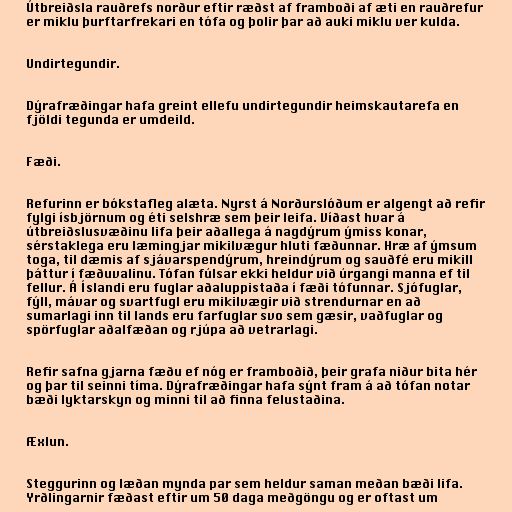
Útbreiðsla rauðrefs norður eftir ræðst af framboði af æti en rauðrefur
er miklu þurftarfrekari en tófa og þolir þar að auki miklu ver kulda.

Undirtegundir.

Dýrafræðingar hafa greint ellefu undirtegundir heimskautarefa en
fjöldi tegunda er umdeild.

Fæði.

Refurinn er bókstafleg alæta. Nyrst á Norðurslóðum er algengt að refir
fylgi ísbjörnum og éti selshræ sem þeir leifa. Víðast hvar á
útbreiðslusvæðinu lifa þeir aðallega á nagdýrum ýmiss konar,
sérstaklega eru læmingjar mikilvægur hluti fæðunnar. Hræ af ýmsum
toga, til dæmis af sjávarspendýrum, hreindýrum og sauðfé eru mikill
þáttur í fæðuvalinu. Tófan fúlsar ekki heldur við úrgangi manna ef til
fellur. Á Íslandi eru fuglar aðaluppistaða í fæði tófunnar. Sjófuglar,
fýll, mávar og svartfugl eru mikilvægir við strendurnar en að
sumarlagi inn til lands eru farfuglar svo sem gæsir, vaðfuglar og
spörfuglar aðalfæðan og rjúpa að vetrarlagi.

Refir safna gjarna fæðu ef nóg er framboðið, þeir grafa niður bita hér
og þar til seinni tíma. Dýrafræðingar hafa sýnt fram á að tófan notar
bæði lyktarskyn og minni til að finna felustaðina.

Æxlun.

Steggurinn og læðan mynda par sem heldur saman meðan bæði lifa.
Yrðlingarnir fæðast eftir um 50 daga meðgöngu og er oftast um